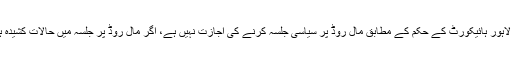
نوٹس کے متن میں کہا گیا ہے کہ لاہور ہائیکورٹ کے حکم کے مطابق مال روڈ پر سیاسی جلسہ کرنے کی اجازت نہیں ہے، اگر مال روڈ پر جلسہ میں حالات کشیدہ ہوئے تو ذمہ دار منتظمین ہوں گے۔